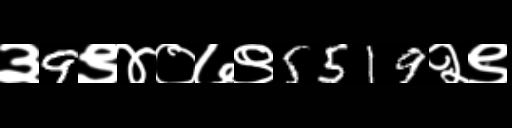
Text: ३9९४०७९5519२९